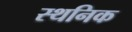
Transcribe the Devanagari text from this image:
स्थनिक